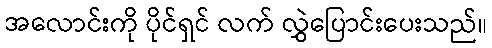
အလောင်းကို ပိုင်ရှင် လက် လွှဲပြောင်းပေးသည်။